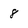
Character: 8